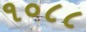
૧૦૮૮